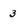
Character: 3